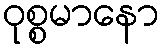
ဝုစ္စမာနော